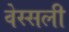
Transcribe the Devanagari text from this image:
वेस्सली